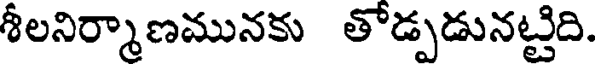
శీలనిర్మాణమునకు తోడ్పడునట్టిది.